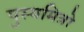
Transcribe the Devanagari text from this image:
पुस्यमित्रो